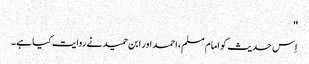
''
اِس حدیث کو امام مسلم، احمد اور ابن حمید نے روایت کیا ہے۔